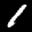
Label: 1